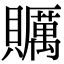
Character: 𧸱